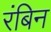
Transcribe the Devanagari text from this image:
रंबिन